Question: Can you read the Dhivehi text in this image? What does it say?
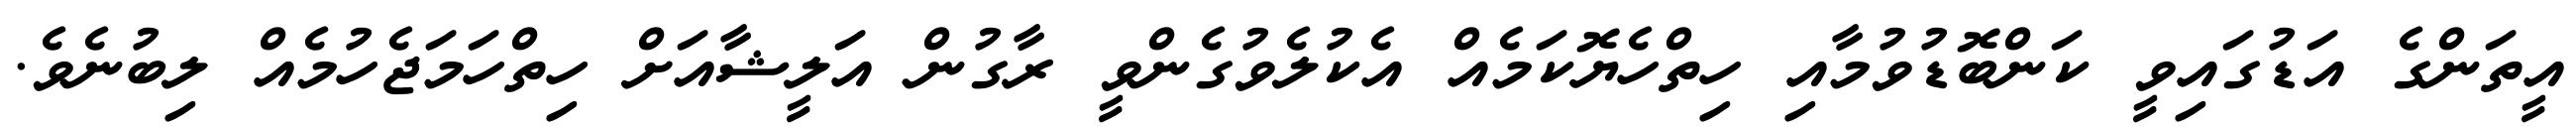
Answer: އީތަންގެ އަޑުގައިވީ ކަންބޮޑުވުމާއި ހިތްހެޔޮކަމެއް އެކުލެވުގެންވީ ރާގުން އަލީޝާއަށް ހިތްހަމަޖެހުމެއް ލިބުނެވެ.